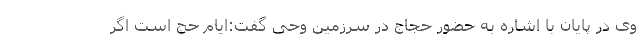
وی در پایان با اشاره به حضور حجاج در سرزمین وحی گفت:ایام حج است اگر